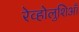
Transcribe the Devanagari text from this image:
रेव्होलुशिआँ